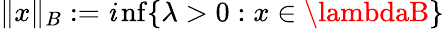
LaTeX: \| x\| _{B}:=\operatorname*{\mathit{i}nf}\{ \lambda>0:x\in\lambdaB\}